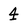
Character: 4